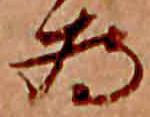
為